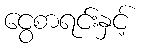
ငွေစာရင်းနှင့်